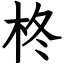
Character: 柊